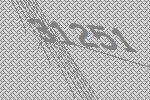
31251